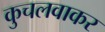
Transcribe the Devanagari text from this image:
कुचलवाकर